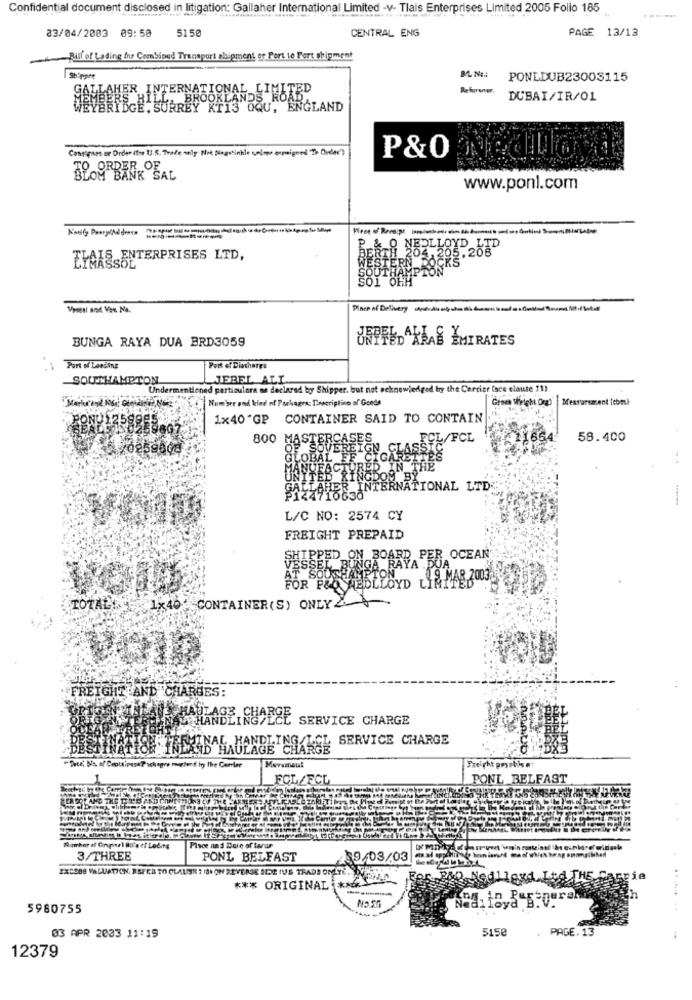
Confidential document disclosed in litigation: Gallaher International Limited -v- Tlais Enterprises Limited 2005 Folio 185
83/04/2003 09:50
5150
CENTRAL ENG
PAGE 13/13
Bill of Lading Ihr Combined Transport shipment er Port te Port shipment
Shipper
PONLDUB23003115
Referener
GENESIS BINTERNATIONAL LIMITED
DUBAI/IR/01
GE, SURREY KTIS OQU, ENGLAND
Contignes or Drder (the 13.8. Trade saly Not Ningstinhle unlege orpigend Th Order')
P&0
TO ORDER OF ..
BANK SAL
www.ponl.com
P.& O NEDLLOYD LTD
ELAIS ENTERPRISES LTD,
ESTERN
204.205.208
ROCKS'
SOUTHA
SOI OHH
Vynesl and Vex. No.
Pince of Delivery
BUNGA RAYA DUA BRD3059
UFPFEDAKLAS EMIRATES
Port of Lesilne
Part of Diachares
SOUTHAMPTON
JEBEL ALI
Undermentioned particulara su declared by Shipper. but not acknowledged by the Carrier (ace clause 21)
Number and kind nf Parkages: Descriptive of Goods
Groen Weight Org) |Measurement [com)
1x40'GP CONTAINER SAID TO CONTAIN
800 MASTERS
ER SICHLASSTE/FCL
ES
58.400
LOBAL E
KETTES
URED IN THE
CDOM BY
AHER
BRNATIONAL LTD
10636
L/C NO: 2574 CY
FREIGHT PREPAID
IPPED ON BOARD PER OCEAN
VESSEL BUNGA RAYA B
ON
FOR PEO NEDLLOYD
TOTAL : 1x40 CONTAINER(S) ONLY
.FREIGHT AND CHARGES:
HAULAGE CH
HANDL
SERVICE CHARGE
SERVICE CHARGE
INA
enaut
Freight poyrbien
PONL BELFAST
Number af Onpart BU's of Loding
Pisce and Dure of terun
3/THREE
PONL BELFAST
2 9/03/03
EXCEBE VALUATION, RSFEB TO CLAUSR ? ISI ON REVERSE SEDE IUS TRADE ONETE.
*** ORIGINAL :*
5980755
........ ..
5150
PAGE. 13
03 APR 2033 11:19
12379